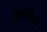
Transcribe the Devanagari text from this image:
अॅबसिस